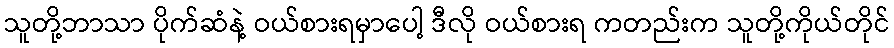
သူတို့ဘာသာ ပိုက်ဆံနဲ့ ဝယ်စားရမှာပေါ့ ဒီလို ဝယ်စားရ ကတည်းက သူတို့ကိုယ်တိုင်